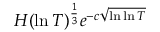
H ( \ln T ) ^ { \frac { 1 } { 3 } } e ^ { - c { \sqrt { \ln \ln T } } }